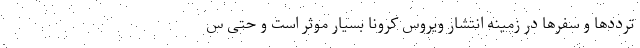
ترددها و سفرها در زمینه انتشار ویروس کرونا بسیار موثر است و حتی س